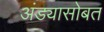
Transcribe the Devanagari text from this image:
अंड्यासोबत